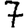
Digit: 7